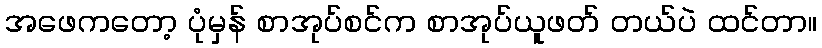
အဖေကတော့ ပုံမှန် စာအုပ်စင်က စာအုပ်ယူဖတ် တယ်ပဲ ထင်တာ။